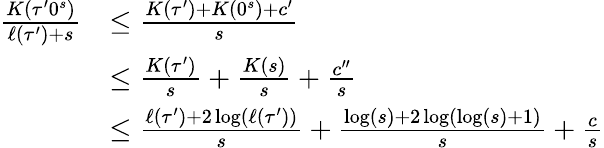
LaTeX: \begin{array}{rl}{\frac{K(\tau^{\prime}0^{s})}{\ell(\tau^{\prime})+s}}&{\leq\frac{K(\tau^{\prime})+K(0^{s})+c^{\prime}}{s}}\\ &{\leq\frac{K(\tau^{\prime})}{s}+\frac{K(s)}{s}+\frac{c^{\prime\prime}}{s}}\\ &{\leq\frac{\ell(\tau^{\prime})+2\log(\ell(\tau^{\prime}))}{s}+\frac{\log(s)+2\log(\log(s)+1)}{s}+\frac{c}{s}}\end{array}